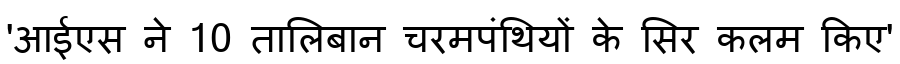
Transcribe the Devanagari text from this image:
'आईएस ने 10 तालिबान चरमपंथियों के सिर कलम किए'